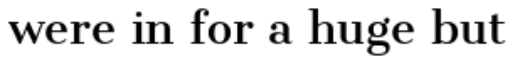
were in for a huge but